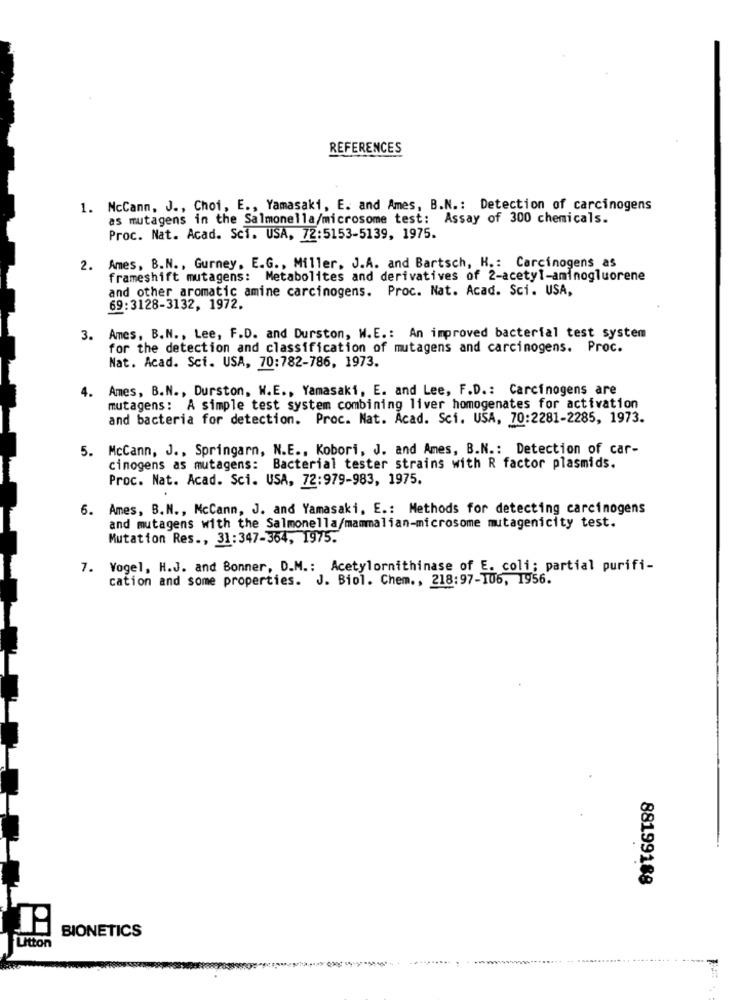
REFERENCES
1. NcCanm. J ., Choi, E ., Yamasaki, E. and Ames, B.N .: Detection of carcinogens
as mutagens in the Salmonella/microsome test: Assay of 300 chemicals.
Proc. Nat. Acad. Sci. USA, 72:5153-5139, 1975.
2. Ames, B.N ., Gurney, E.G ., Miller. J.A. and Bartsch, H .: Carcinogens as
frameshift mutagens: Metabolites and derivatives of 2-acetyl-aminogluorene
and other aromatic amine carcinogens. Proc. Nat. Acad. Sci. USA,
69:3128-3132, 1972.
3. Ames, B.N ., Lee, F.D. and Durston, W.E .: An improved bacterial test system
for the detection and classification of mutagens and carcinogens. Proc.
Nat. Acad. Sci. USA, 70:782-786, 1973.
4.
Ames, B.N ., Durston, W.E ., Yamasaki, E. and Lee, F.D .: Carcinogens are
mutagens: A simple test system combining liver homogenates for activation
and bacteria for detection. Proc. Nat. Acad. Sci. USA, 70:2281-2285, 1973.
5. McCann, J ., Springarn, N.E .. Kobori, J. and Ames, B.N .: Detection of car-
cinogens as mutagens: Bacterial tester strains with R factor plasmids.
Proc. Nat. Acad. Sci. USA, 72:979-983, 1975.
6. Ames, B.N ., McCann, J. and Yamasaki, E .: Methods for detecting carcinogens
and mutagens with the Salmonella/mammalian-microsome mutagenicity test.
Mutation Res ., 31:347-364, 1975.
7. Vogel, H.J. and Bonner, D.M .: Acetylornithinase of E. coli; partial purifi-
cation and some properties. J. Biol. Chem ., 218:97-106, 1956.
88199188
BIONETICS
Utton